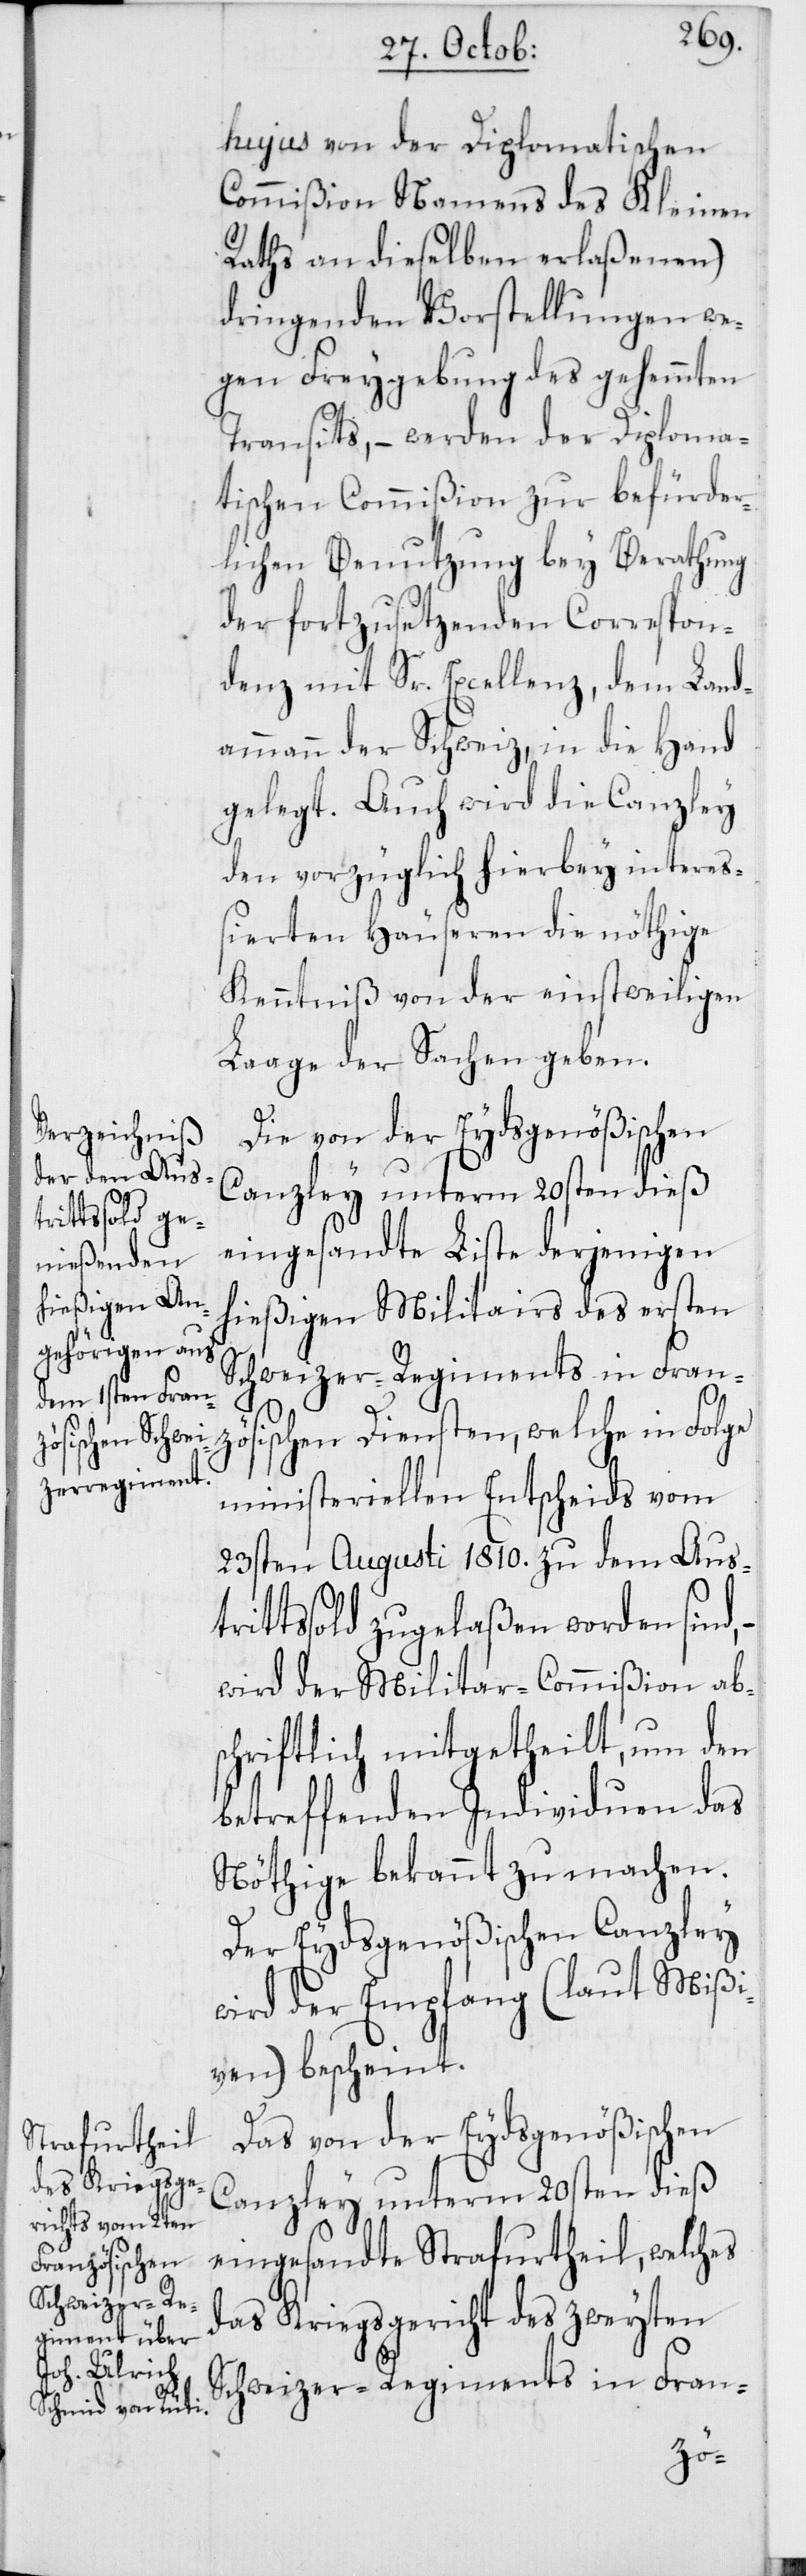
hujus von der Diplomatischen
Commißion Namens des Kleinen
Raths an dieselben erlaßenen)
dringenden Vorstellungen we¬
gen Freygebung des gehemmten
Transits, – werden der Diploma¬
tischen Commißion zur befürder¬
lichen Benutzung bey Berathung
der fortzusetzenden Correspon¬
denz mit Sr. Excellenz dem Land¬
ammann der Schweiz, in die Hand
gelegt. Auch wird die Canzley
den vorzüglich hierbey intereß¬
ierten Häuseren die nöthige
Kenntniß von der einstweilgen
Laage der Sachen geben.
Die von der Eydsgenößischen
Canzley unterm 20sten dieß
eingesandte Liste derjenigen
hießigen Militairs des ersten
Schweizer-Regiments in Franz¬
ösischen Diensten, welche in Folge
ministeriellen Entscheids vom
23sten Augusti 1810. zu dem Aust¬
rittssold zugelaßen worden sind,
wird der Militar-Commißion ab¬
schriftlich mitgetheilt, um den
betreffenden Individuen das
Nöthige bekannt zu machen.
Der Eydsgenößischen Canzley
wird der Empfang (laut Mißi¬
ven) bescheint.
Das von der Eydsgenößischen
Canzley unterm 20sten dieß
eingesandte Strafurtheil, welches
das Kriegsgericht des zweyten
Schweizer-Regiments in Fran-